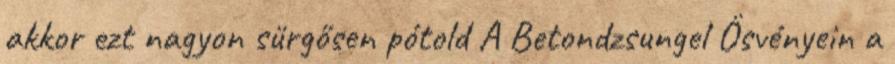
akkor ezt nagyon sürgősen pótold A Betondzsungel Ösvényein a